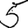
Digit: 5